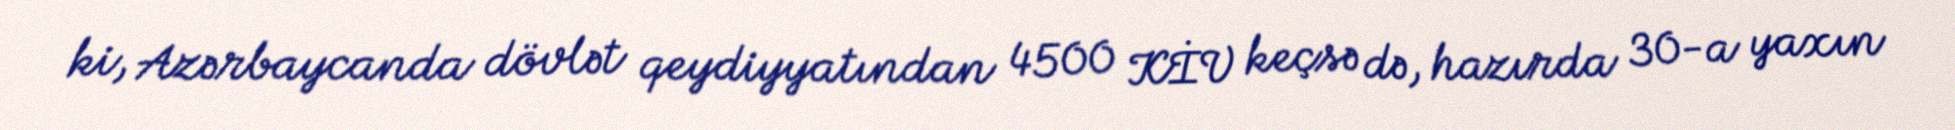
ki, Azərbaycanda dövlət qeydiyyatından 4500 KİV keçsə də, hazırda 30-a yaxın